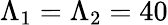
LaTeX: \Lambda_{1}=\Lambda_{2}=40